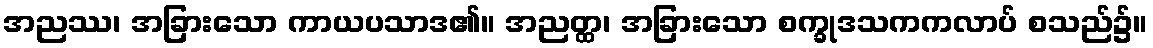
အညဿ၊ အခြားသော ကာယပသာဒ၏။ အညတ္ထ၊ အခြားသော စက္ခုဒသကကလာပ် စသည်၌။